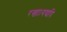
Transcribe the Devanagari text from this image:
रखा।यद्यपि